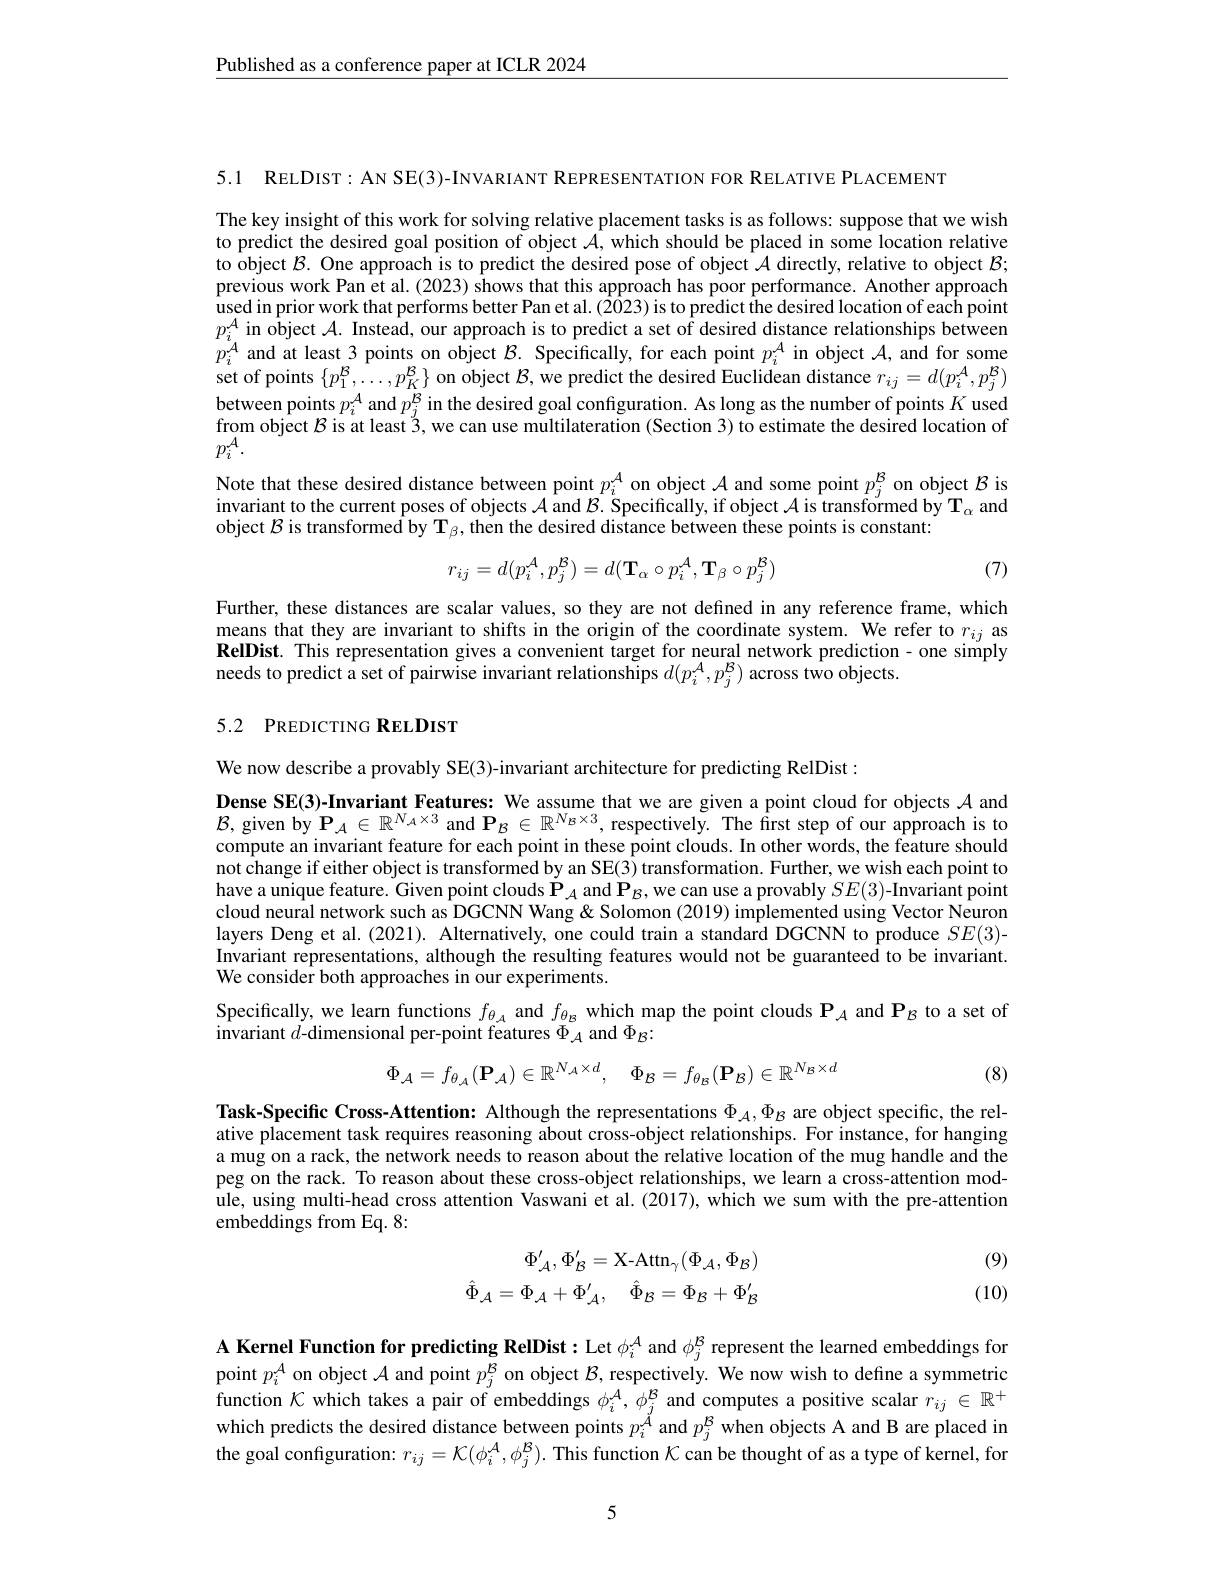
$\underline{\text{Published as a conference paper at ICLR 2024}}$

5.1 RELDIST: AN SE(3)-INVARIANT REPRESENTATION FOR RELATIVE PLACEMENT

The key insight of this work for solving relative placement tasks is as follows: suppose that we wish to predict the desired goal position of object $\mathcal{A}$, which should be placed in some location relative to object $\mathcal{B}.$ One approach is to predict the desired pose of object $\mathcal{A}$ directly, relative to object $\mathcal{B};$ previous work Pan et al. (2023) shows that this approach has poor performance. Another approach $\hat{\text{used in prior work that performs better Pan et al. (2023) is to predict the desired location of each point}}$ $p_{i}^{A}$ in object $\mathcal{A}.$ Instead, our approach is to predict a set of desired distance relationships between $p_{i}^{A}$ and at least 3 points on object $\mathcal{B}.$ Specifically, for each point $p_i^{A}$ in object $\mathcal{A}$, and for some set of points $\{p_{1}^{\mathcal{B}},\ldots,p_{K}^{\mathcal{B}}\}$ on object $\mathcal{B}$, we predict the desired Euclidean distance $r_ij=d(p_{i}^{\mathcal{A}},p_{j}^{\mathcal{B}})$ between points $p_i^{A}$ and $p_j^{\mathcal{B}}$ in the desired goal configuration. As long as the number of points $K$ used from object $\mathcal{B}$ is at least $^\text{\'{3},we can use multilateration (Section 3) to estimate the desired location of}$ $p_{i}^{\mathcal{A}}.$

Note that these desired distance between point $p_i^A$ on object $\mathcal{A}$ and some point $p_j^\mathrm{\beta}$ on object $\mathcal{B}$ is invariant to the current poses of objects $\mathcal{A}$ and $\mathcal{B}.$ Specifically, if object $\mathcal{A}$ is transformed by T$_\alpha$ and object $\mathcal{B}$ is transformed by T$_\beta $,then the desired distance between these points is constant:

(7)
$$r_{ij}=d(p_i^{\mathcal{A}},p_j^{\mathcal{B}})=d(\mathbf{T}_\alpha\circ p_i^{\mathcal{A}},\mathbf{T}_\beta\circ p_j^{\mathcal{B}})$$
Further, these distances are scalar values, so they are not defined in any reference frame, which means that they are invariant to shifts in the origin of the coordinate system. We refer to $r_{ij}$ as $\textbf{RelDist. This representation gives a convenient target for neural network prediction- one simply}$ needs to predict a set of pairwise invariant relationships $d(p_i^{A},p_j^{B})$ across two objects.

## 5.2 PREDICTING RELDIST

We now describe a provably SE(3)-invariant architecture for predicting RelDist :

$\begin{array}{l}\textbf{Dense SE(3)-Invariant Features: We assume that we are given a point cloud for objects }\mathcal{A}\text{ and}\\\mathcal{B},\text{given by P}_{A}\in\mathbb{R}^{N_{A}\times3}\mathrm{~and~P}_{B}\in\mathbb{R}^{N_{B}\times3},\text{respectively. The first step of our approach is to}\end{array}$ compute an invariant feature for each point in these point clouds. In other words, the feature should not change if either object is transformed by an SE(3) transformation. Further, we wish each point to have a unique feature. Given point clouds $\dot{\mathbf{P}}_A$ and $\mathbf{P}_B$,we can use a provably $SE(3)-\tilde{\mathbf{I}}$nvariant point cloud neural network such as DGCNN Wang & Solomon (2019) implemented using Vector Neuron layers Deng et al. (2021). Alternatively, one could train a standard DGCNN to produce $SE(3)$- Invariant representations, although the resulting features would not be guaranteed to be invariant We consider both approaches in our experiments.

$\begin{array}{c}\text{Specifically, we learn functions }f_{\theta_{A}}\mathrm{~and~}f_{\theta_{B}}\mathrm{~which~map~the~point~clouds~P_{A}~and~P_{B}~to~a~set~of}\\\mathrm{invariant~}d\text{-dimensional per-point features }\Phi_{A}\mathrm{~and~}\Phi_{B}{:}\end{array}$
$$\Phi_{\mathcal A}=f_{\theta_{\mathcal A}}(\mathbf{P}_{\mathcal A})\in\mathbb{R}^{N_{\mathcal A}\times d},\quad\Phi_{\mathcal B}=f_{\theta_{\mathcal B}}(\mathbf{P}_{\mathcal B})\in\mathbb{R}^{N_{\mathcal B}\times d}$$
(8)

Task-Specific Cross-Attention: Although the representations $\Phi_{\mathcal{A}},\Phi_{\mathcal{B}}$ are object specific, the relative placement task requires reasoning about cross-object relationships. For instance, for hanging a mug on a rack, the network needs to reason about the relative location of the mug handle and the peg on the rack. To reason about these cross-object relationships, we learn a cross-attention module, using multi-head cross attention Vaswani et al. (2017), which we sum with the pre-attention embeddings from Eq. 8:
$$\begin{aligned}\Phi_{\mathcal{A}}^{\prime},\Phi_{\mathcal{B}}^{\prime}&=\mathrm{X-Attn}_{\gamma}(\Phi_{\mathcal{A}},\Phi_{\mathcal{B}})\\\hat{\Phi}_{\mathcal{A}}&=\Phi_{\mathcal{A}}+\Phi_{\mathcal{A}}^{\prime},\quad\hat{\Phi}_{\mathcal{B}}=\Phi_{\mathcal{B}}+\Phi_{\mathcal{B}}^{\prime}\end{aligned}$$
(9) (10)

A Kernel Function for predicting RelDist: Let $\phi_i^{A}$ and $\phi_j^{\mathcal{B}}$ represent the learned embeddings for point $p_i^A$ on object $\mathcal{A}$ and point $p_j^\mathrm{B}$ on object $\mathcal{B}$, respectively. We now wish to define a symmetric function $\mathcal{K}$ which takes a pair of embeddings $\phi_i^A,\phi_j^B$ and computes a positive scalar $r_{ij}\in\mathbb{R}^+$which predicts the desired distance between points $p_i^A$ and $p_i^B$ when objects A and B are placed in
1 $p_{j}^{\mathcal{B}}$ when objects A and B are placed in
the goal configuration: $r_ij=\mathcal{K}(\phi_i^{\mathcal{A}},\phi_j^{\mathcal{B}}).$ This function $\mathcal{K}$ can be thought of as a type of kernel, for

5